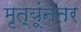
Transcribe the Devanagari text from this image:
मृत्यूंनंतर